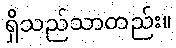
ရှိသည်သာတည်း။